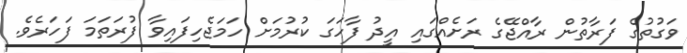
ވަގުތުގެ ފަރާތުން ރާއްޖޭގެ ރަށެއްގައި އީދު ފާހަގަ ކުރުމަށް ހަމަޖެހިފައިވާ ފުރަތަމަ ފަހަރެވެ.